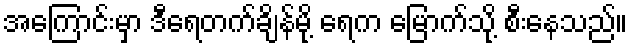
အကြောင်းမှာ ဒီရေတက်ချိန်မို့ ရေက မြောက်သို့ စီးနေသည်။